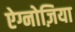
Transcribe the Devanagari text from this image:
ऐग्नोज़िया